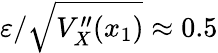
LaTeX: \varepsilon/\sqrt{V_{X}^{\prime\prime}(x_{1})}\approx 0.5